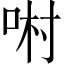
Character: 𠴘